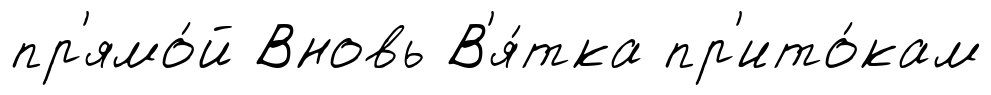
пр'ямо́й Вновь В'я́тка пр'ито́кам